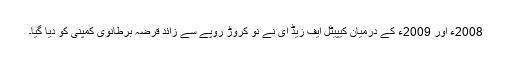
2008ء اور 2009ء کے درمیان کیپیٹل ایف زیڈ ای نے نو کروڑ روپے سے زائد قرضہ برطانوی کمپنی کو دیا گیا۔